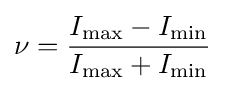
\nu ={\frac {I_{\max }-I_{\min }}{I_{\max }+I_{\min }}}